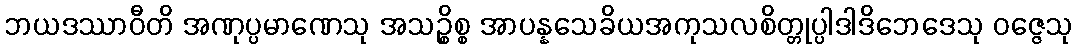
ဘယဒဿာဝီတိ အဏုပ္ပမာဏေသု အသဉ္စိစ္စ အာပန္နသေခိယအကုသလစိတ္တုပ္ပါဒါဒိဘေဒေသု ဝဇ္ဇေသု